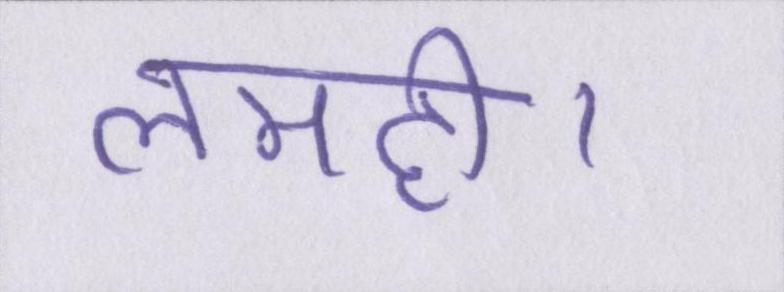
लमही।